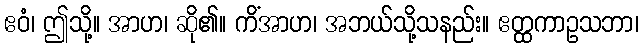
ဧဝံ၊ ဤသို့။ အာဟ၊ ဆို၏။ ကိံအာဟ၊ အဘယ်သို့သနည်း။ ဧတ္ထကာဥသဘာ၊